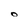
Character: O